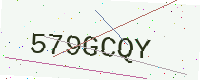
Text: 579GCQY